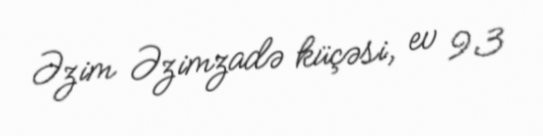
Əzim Əzimzadə küçəsi, ev 93